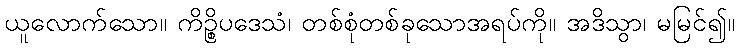
ယူလောက်သော။ ကိဉ္စိပဒေသံ၊ တစ်စုံတစ်ခုသောအရပ်ကို။ အဒိသွာ၊ မမြင်၍။